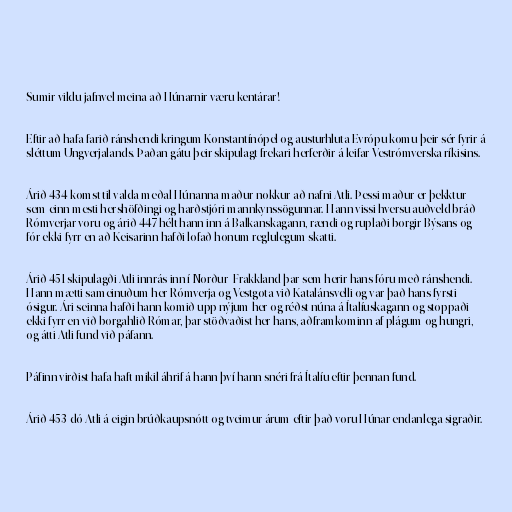
Sumir vildu jafnvel meina að Húnarnir væru kentárar!

Eftir að hafa farið ránshendi kringum Konstantínópel og austurhluta Evrópu komu þeir sér fyrir á
sléttum Ungverjalands. Þaðan gátu þeir skipulagt frekari herferðir á leifar Vestrómverska ríkisins.

Árið 434 komst til valda meðal Húnanna maður nokkur að nafni Atli. Þessi maður er þekktur
sem einn mesti hershöfðingi og harðstjóri mannkynssögunnar. Hann vissi hversu auðveld bráð
Rómverjar voru og árið 447 hélt hann inn á Balkanskagann, rændi og ruplaði borgir Býsans og
fór ekki fyrr en að Keisarinn hafði lofað honum reglulegum skatti.

Árið 451 skipulagði Atli innrás inn í Norður–Frakkland þar sem herir hans fóru með ránshendi.
Hann mætti sameinuðum her Rómverja og Vestgota við Katalánsvelli og var það hans fyrsti
ósigur. Ári seinna hafði hann komið upp nýjum her og réðst núna á Ítalíuskagann og stoppaði
ekki fyrr en við borgahlið Rómar, þar stöðvaðist her hans, aðframkominn af plágum og hungri,
og átti Atli fund við páfann.

Páfinn virðist hafa haft mikil áhrif á hann því hann snéri frá Ítalíu eftir þennan fund.

Árið 453 dó Atli á eigin brúðkaupsnótt og tveimur árum eftir það voru Húnar endanlega sigraðir.